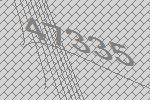
47335